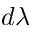
d \lambda